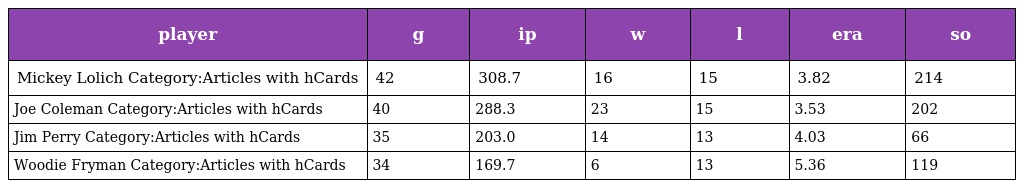
| player | g | ip | w | l | era | so |
 | --- | --- | --- | --- | --- | --- | --- |
 | Mickey Lolich Category:Articles with hCards | 42 | 308.7 | 16 | 15 | 3.82 | 214 |
 | Joe Coleman Category:Articles with hCards | 40 | 288.3 | 23 | 15 | 3.53 | 202 |
 | Jim Perry Category:Articles with hCards | 35 | 203.0 | 14 | 13 | 4.03 | 66 |
 | Woodie Fryman Category:Articles with hCards | 34 | 169.7 | 6 | 13 | 5.36 | 119 |